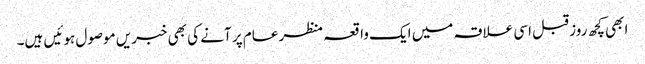
ابھی کچھ روز قبل اسی علاقہ میں ایک واقعہ منظر عام پر آنے کی بھی خبریں موصول ہوئیں ہیں۔